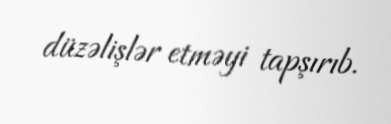
düzəlişlər etməyi tapşırıb.